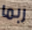
ربما